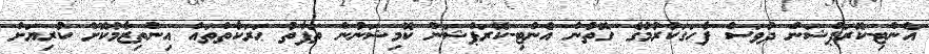
އެންޓި-ކޮރަޕްޝަން ދުވަސް ފާހަގަކުރުމުގެ ގޮތުން އެންޓި-ކޮރަޕްޝަން ކޮމިޝަނުން ތަފާތު ޙަރަކާތްތައް އިންތިޒާމުކޮށް ކުރިޔަށް